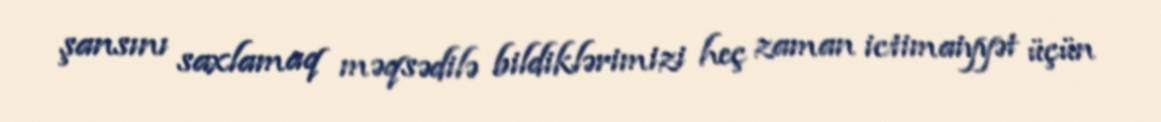
şansını saxlamaq məqsədilə bildiklərimizi heç zaman ictimaiyyət üçün